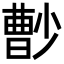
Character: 𡮦